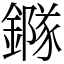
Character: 䥙